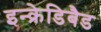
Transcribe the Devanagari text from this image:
इन्क्रेडिबैड